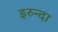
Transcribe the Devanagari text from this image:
इरुन्दा